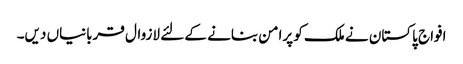
افواج پاکستان نے ملک کو پرامن بنانے کے لئے لازوال قربانیاں دیں۔